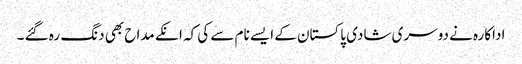
اداکارہ نے دوسری شادی پاکستان کے ایسے نام سے کی کہ انکے مداح بھی دنگ رہ گئے ۔